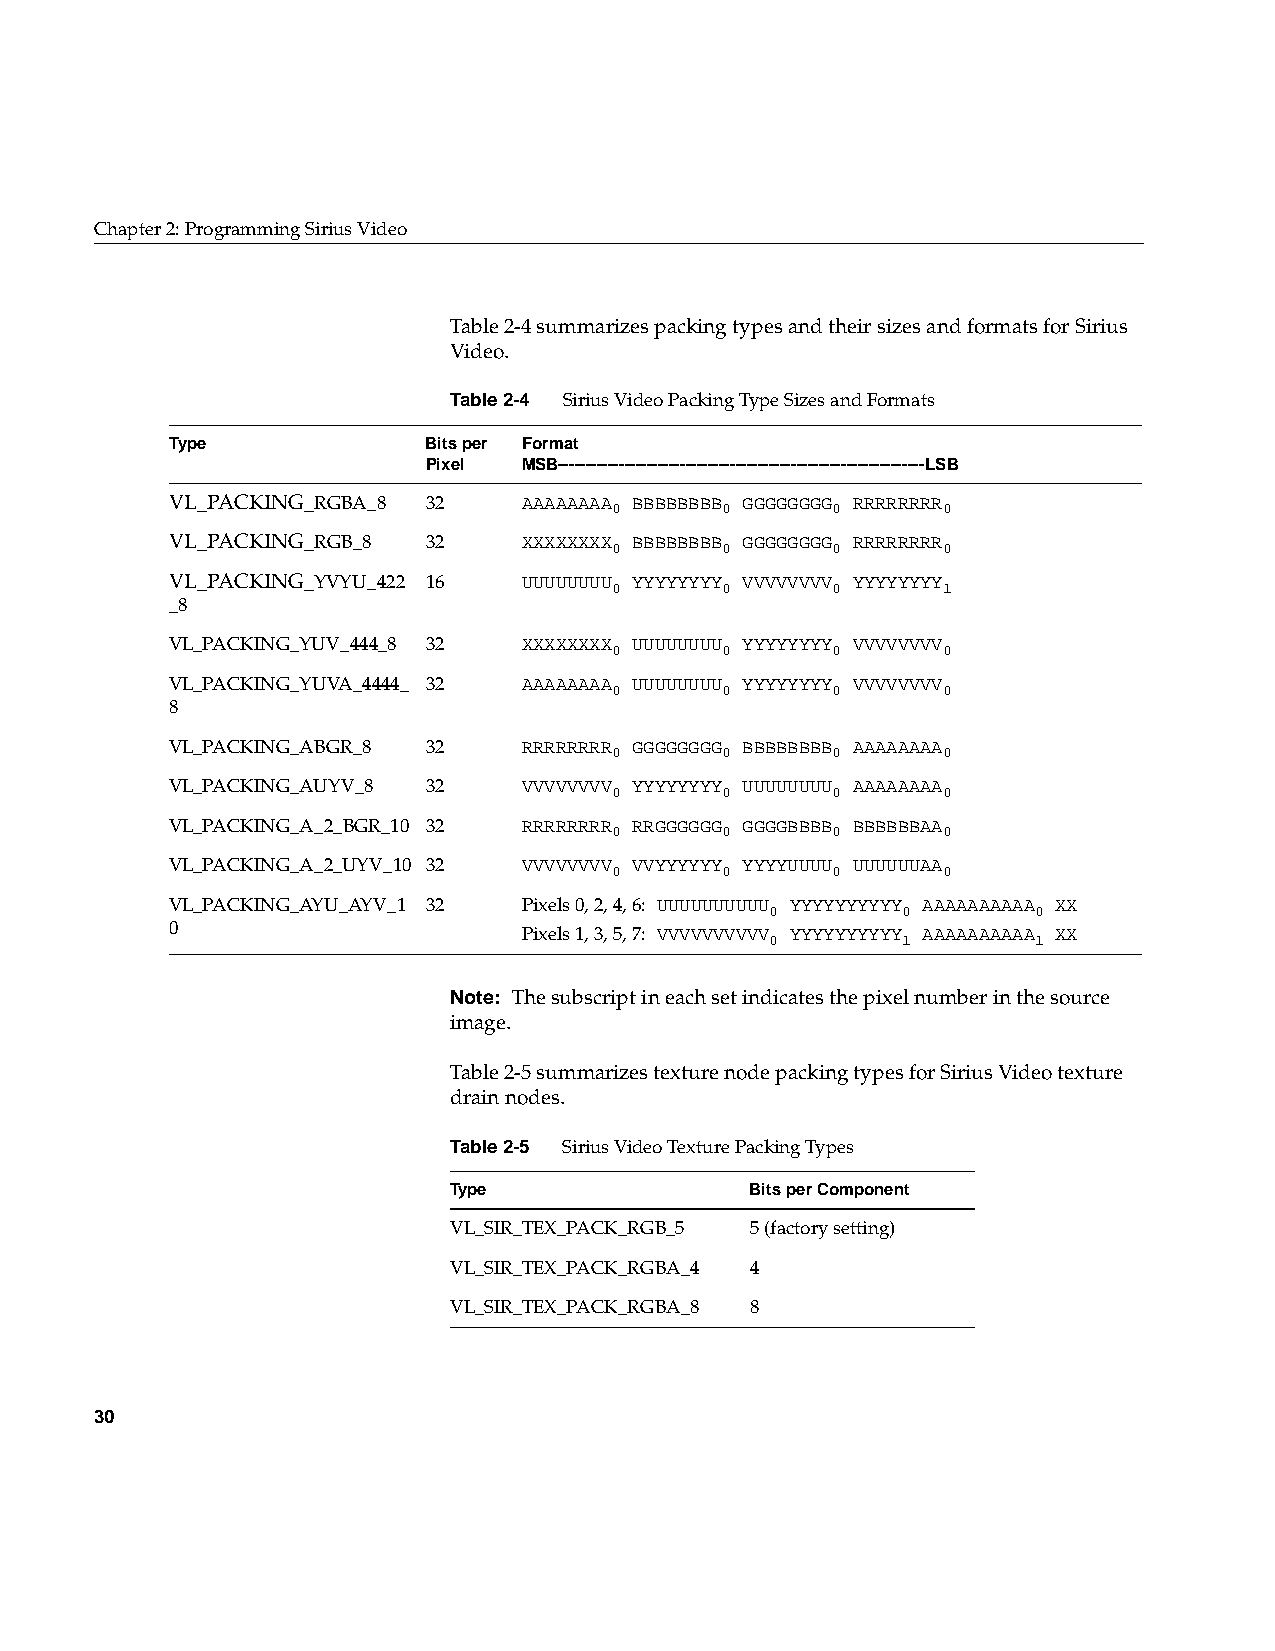
Chapter2: Programming Sirius Video
 Table2-4 summarizes packing types and their sizes and formats for Sirius
 Video.
 Table2-4 Sirius Video Packing Type Sizes and Formats
 Type             Bits per Format
 Pixel  MSB------------------------------------------------------------------LSB
 VL_PACKING_RGBA_8 32    AAAAAAAA 0 BBBBBBBB 0 GGGGGGGG 0 RRRRRRRR 0
 VL_PACKING_RGB_8 32     XXXXXXXX 0 BBBBBBBB 0 GGGGGGGG 0 RRRRRRRR 0
 VL_PACKING_YVYU_422 16  UUUUUUUU 0 YYYYYYYY 0 VVVVVVVV 0 YYYYYYYY 1
 _8
 VL_PACKING_YUV_444_8 32 XXXXXXXX 0 UUUUUUUU 0 YYYYYYYY 0 VVVVVVVV 0
 VL_PACKING_YUVA_4444_ 32 AAAAAAAA 0 UUUUUUUU 0 YYYYYYYY 0 VVVVVVVV 0
 8
 VL_PACKING_ABGR_8 32    RRRRRRRR 0 GGGGGGGG 0 BBBBBBBB 0 AAAAAAAA 0
 VL_PACKING_AUYV_8 32    VVVVVVVV 0 YYYYYYYY 0 UUUUUUUU 0 AAAAAAAA 0
 VL_PACKING_A_2_BGR_10 32 RRRRRRRR 0 RRGGGGGG 0 GGGGBBBB 0 BBBBBBAA 0
 VL_PACKING_A_2_UYV_10 32 VVVVVVVV 0 VVYYYYYY 0 YYYYUUUU 0 UUUUUUAA 0
 VL_PACKING_AYU_AYV_1 32 Pixels 0, 2, 4, 6: UUUUUUUUUU 0 YYYYYYYYYY 0 AAAAAAAAAA 0 XX
 0                       Pixels 1, 3, 5, 7: VVVVVVVVVV 0 YYYYYYYYYY 1 AAAAAAAAAA 1 XX
 Note: The subscript in each set indicates the pixel number in the source
 image.
 Table2-5 summarizes texture node packing types for Sirius Video texture
 drain nodes.
 Table2-5 Sirius Video Texture Packing Types
 Type                Bits per Component
 VL_SIR_TEX_PACK_RGB_5 5 (factory setting)
 VL_SIR_TEX_PACK_RGBA_4 4
 VL_SIR_TEX_PACK_RGBA_8 8
 30